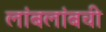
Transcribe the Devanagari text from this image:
लांबलांबची